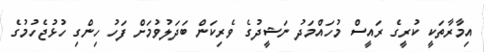
އިމާރާތަކީ ކުރީގެ ރައީސް މުހައްމަދު ނަޝީދުގެ ވެރިކަން ބަދަލުވުމަށް ފަހު ހިންގި ހުޅުޖެހުމުގެ